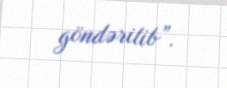
göndərilib”.